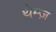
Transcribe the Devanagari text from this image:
थेम्ज़